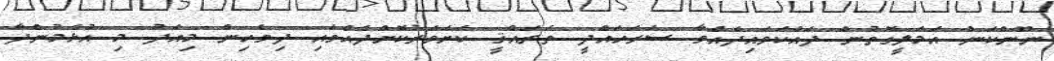
ނޫންކަން އަމަލީގޮތުން ދައްކަވައިދެއްވާ ސަރަހައްދީ ތަރައްޤީ ކަށަވަރުކޮށްދެއްވައި ދިވެހިން މިއަދު މި އުޅެމުންދާ